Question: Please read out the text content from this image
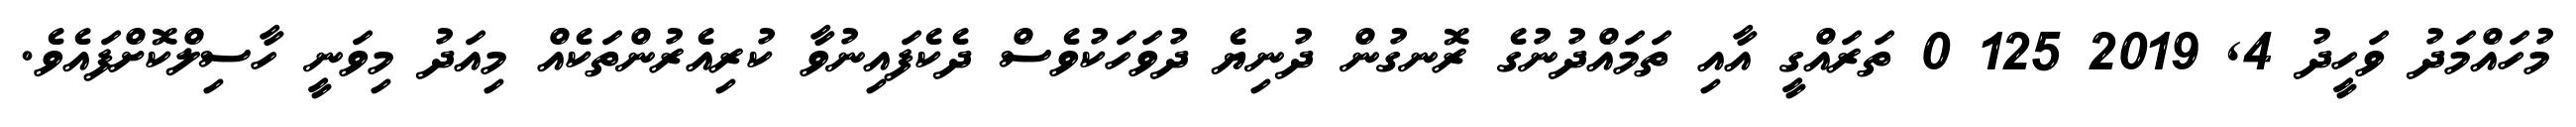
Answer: މުހައްމަދު ވަހީދު 4, 2019 125 0 ތަރައްގީ އާއި ތަމައްދުނުގެ ރޮނގުން ދުނިޔެ ދުވަހަކުވެސް ދެކެފައިނުވާ ކުރިއެރުންތަކެއް މިއަދު މިވަނީ ހާސިލްކޮށްފައެވެ.